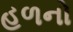
હળનો